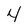
Character: 4